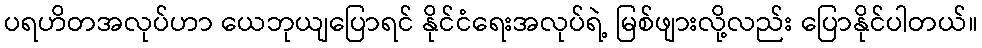
ပရဟိတအလုပ်ဟာ ယေဘုယျပြောရင် နိုင်ငံရေးအလုပ်ရဲ့ မြစ်ဖျားလို့လည်း ပြောနိုင်ပါတယ်။